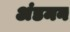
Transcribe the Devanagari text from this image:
अंडमन